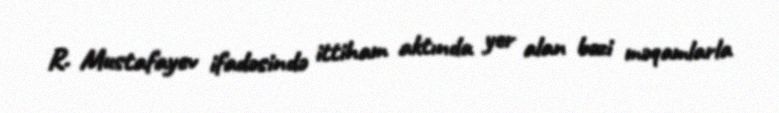
R. Mustafayev ifadəsində ittiham aktında yer alan bəzi məqamlarla